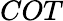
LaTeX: COT